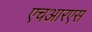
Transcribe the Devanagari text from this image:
एचआरएस